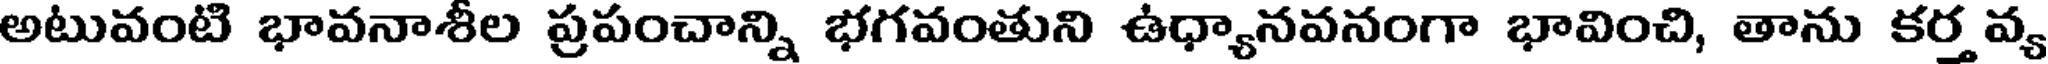
అటువంటి భావనాశీల ప్రపంచాన్ని భగవంతుని ఉధ్యానవనంగా భావించి, తాను కర్త వ్య